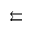
\leftleftarrows